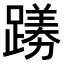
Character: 𫏟